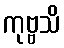
ကုဗ္ဗသိ